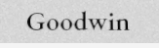
Goodwin